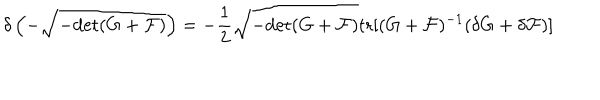
\delta \left( - \sqrt { - \mathrm { d e t } ( G + { \cal F } ) } \right) = - { \frac { 1 } { 2 } } \sqrt { - \mathrm { d e t } ( G + { \cal F } ) } \mathrm { t r } [ ( G + { \cal F } ) ^ { - 1 } ( \delta G + \delta { \cal F } ) ]